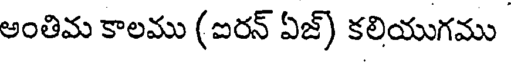
అంతిమ కాలము (ఐరన్ ఏజ్) కలియుగము